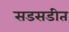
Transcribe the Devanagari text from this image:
सडसडीत